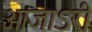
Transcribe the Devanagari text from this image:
आजाऽरी